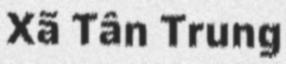
Xã Tân Trung